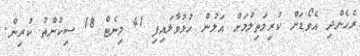
ރެހެންދި އެވޯޑަށް ކުރިމަތިލުމަށް އަލުން ހުޅުވާލައިފި 41 މިނެޓް 18 ސިކުންތު ކުރިން.